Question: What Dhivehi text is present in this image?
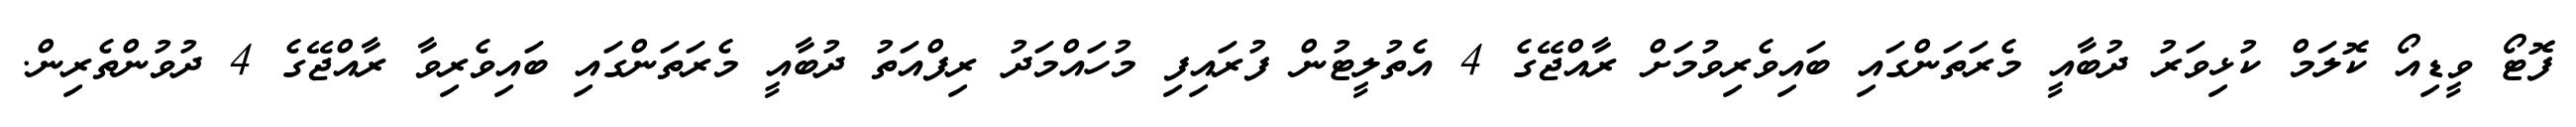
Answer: ފޮޓޯ ވީޑިއޯ ކޮލަމް ކުޅިވަރު ދުބާއީ މެރަތަންގައި ބައިވެރިވުމަށް ރާއްޖޭގެ 4 އެތުލީޓުން ފުރައިފި މުހައްމަދު ރިފްއަތު ދުބާއީ މެރަތަންގައި ބައިވެރިވާ ރާއްޖޭގެ 4 ދުވުންތެރިން.